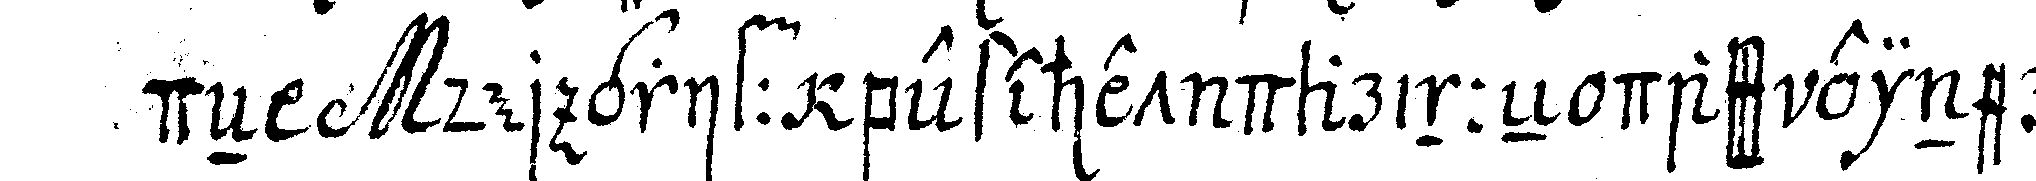
deN der griff bestehet darinneN dass einer